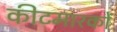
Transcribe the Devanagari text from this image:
कीटमारकों